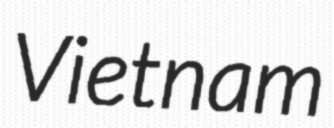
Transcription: Vietnam